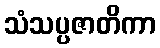
သံသပ္ပဇာတိကာ